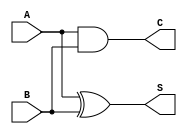
`timescale 1ns/1ns

module half_adder (A,B,S,C);
    input A;
    input B;
    output S;
    output C;
    
    assign S = A^B;
    assign C = A & B;
    
endmodule

module full_adder (
    input A,B,Cin,
    output S,Cout
    
);
wire C0,S0,C1;
half_adder H1(A,B,S0,C0);
half_adder H2(Cin,S0,S,C1);
assign Cout = C0|C1;

    
endmodule


module fourbitadder (
    input[3:0] addent,augend,
    input cin,
    output[3:0] s,
    output cout
);
    wire[2:0] cintermed;
    full_adder F1(.A(addent[0]),.B(augend[0]),.Cin(cin),.S(s[0]),.Cout(cintermed[0]));
    full_adder F2(.A(addent[1]),.B(augend[1]),.Cin(cintermed[0]),.S(s[1]),.Cout(cintermed[1]));
    full_adder F3(.A(addent[2]),.B(augend[2]),.Cin(cintermed[1]),.S(s[2]),.Cout(cintermed[2]));
    full_adder F4(.A(addent[3]),.B(augend[3]),.Cin(cintermed[2]),.S(s[3]),.Cout(cout));
endmodule

module byteadder (
    input[7:0] addent,augend,
    input cin,
    output[7:0] s,
    output cout
);
    wire c0;
    fourbitadder X1(.addent(addent[3:0]),.augend(augend[3:0]),.cin(cin),.s(s[3:0]),.cout(c0));
    fourbitadder X2(.addent(addent[7:4]),.augend(augend[7:4]),.cin(c0),.s(s[7:4]),.cout(cout));   
endmodule